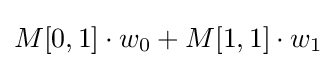
M[0,1]\cdot w_{0}+M[1,1]\cdot w_{1}